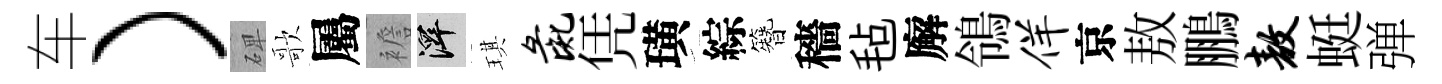
车）𥓓歌屬襜澤琪彘凭璜綜簪穡毡廨鴒佯京敖鵬敖蜓弹